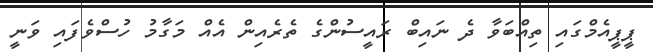
ޕީޕީއެމްގައި ތިއްބަވާ ދެ ނައިބް ރައީސުންގެ ތެރެއިން އެއް މަގާމު ހުސްވެފައި ވަނީ